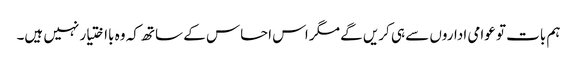
ہم بات تو عوامی اداروں سے ہی کریں گے مگر اس احساس کے ساتھ کہ وہ بااختیار نہیں ہیں۔